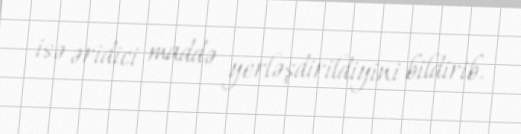
isə əridici maddə yerləşdirildiyini bildirib.